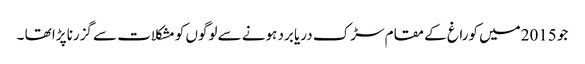
جو 2015میں کوراغ کے مقام سڑک دریا برد ہونے سے لوگوں کو مشکلات سے گزرنا پڑا تھا ۔